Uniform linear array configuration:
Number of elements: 48
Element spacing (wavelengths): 1
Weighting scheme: exponential
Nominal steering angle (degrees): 60
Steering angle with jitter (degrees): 59.546
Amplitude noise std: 0.05
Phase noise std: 0.05

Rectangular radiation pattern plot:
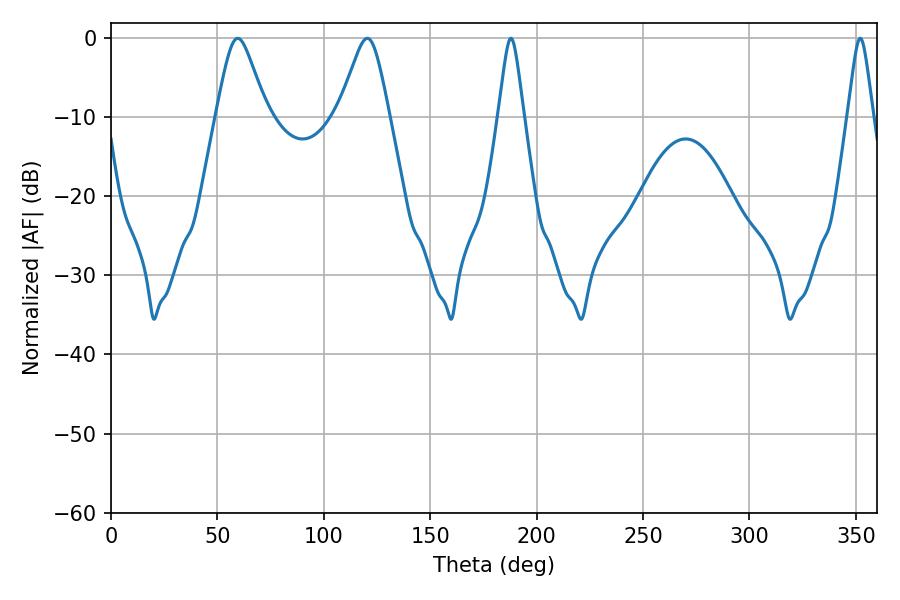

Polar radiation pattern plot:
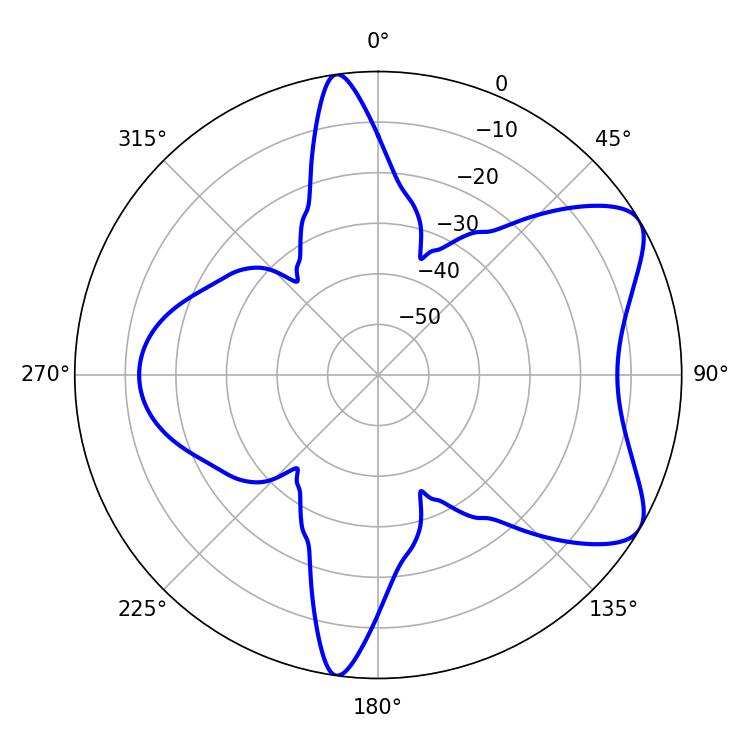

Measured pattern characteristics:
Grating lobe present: TRUE
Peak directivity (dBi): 7.21
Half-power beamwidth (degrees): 5.76
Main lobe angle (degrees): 187.92